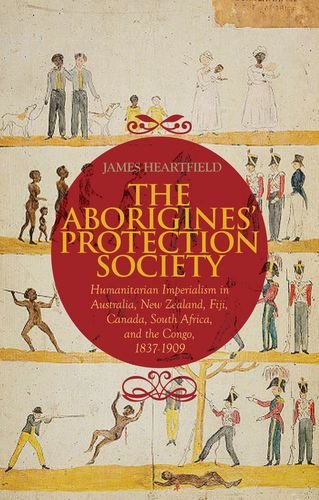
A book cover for Aborigines' Protection Society: Humanitarian Imperialism in Australia, New Zealand, Fiji, Canada, South Africa, and the Congo, 1836-1909; James Heartfield; History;